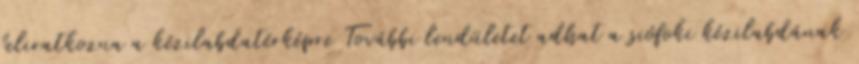
feliratkozna a kézilabdatérképre További lendületet adhat a siófoki kézilabdának